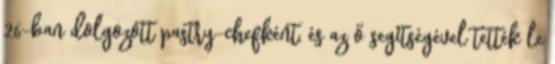
26-ban dolgozott pastry-chefként, és az ő segítségével tették le